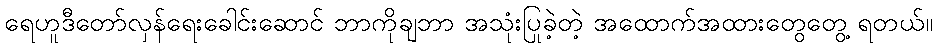
ရေဟူဒီတော်လှန်ရေးခေါင်းဆောင် ဘာကိုချဘာ အသုံးပြုခဲ့တဲ့ အထောက်အထားတွေတွေ့ ရတယ်။